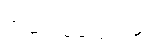
အဆင်မပြေသည့်